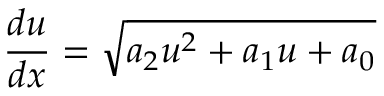
\frac { d u } { d x } = \sqrt { a _ { 2 } u ^ { 2 } + a _ { 1 } u + a _ { 0 } }